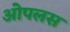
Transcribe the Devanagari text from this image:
ओपलस